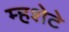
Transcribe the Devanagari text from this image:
म्हशेटे